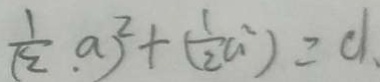
( \frac { 1 } { 2 } \cdot a ) ^ { 2 } + ( \frac { 1 } { 2 } a ^ { 2 } ) = d